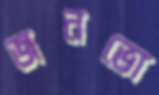
জনভো